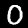
Digit: 0